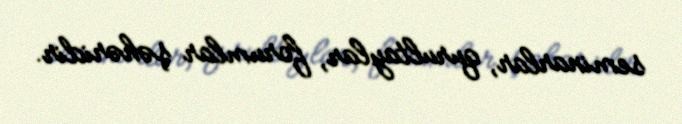
seminarlar, qurultaylar, forumlar şəhəridir.